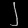
Digit: ၂